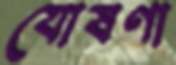
যোষণা